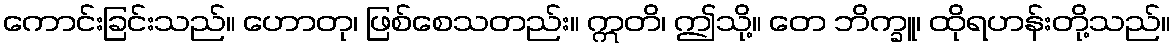
ကောင်းခြင်းသည်။ ဟောတု၊ ဖြစ်စေသတည်း။ ဣတိ၊ ဤသို့။ တေ ဘိက္ခူ၊ ထိုရဟန်းတို့သည်။